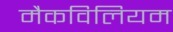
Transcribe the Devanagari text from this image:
मैकविलियम